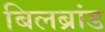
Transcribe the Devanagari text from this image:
बिलब्रांड